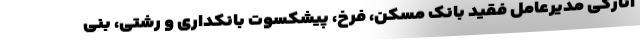
انارکی مدیرعامل فقید بانک مسکن، فرخ، پیشکسوت بانکداری و رشتی، بنی